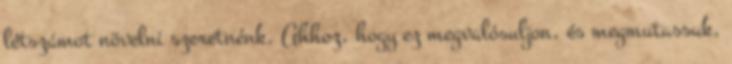
létszámot növelni szeretnénk. Ahhoz, hogy ez megvalósuljon, és megmutassuk,